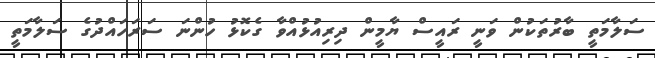
ސަލާމަތީ ބާރުތަކުން ވަނީ ރައީސް ޔާމީން ދިރިއުޅުއްވާ ގެކޮޅު ހުންނަ ސަރަހައްދުގެ ސަލާމަތީ